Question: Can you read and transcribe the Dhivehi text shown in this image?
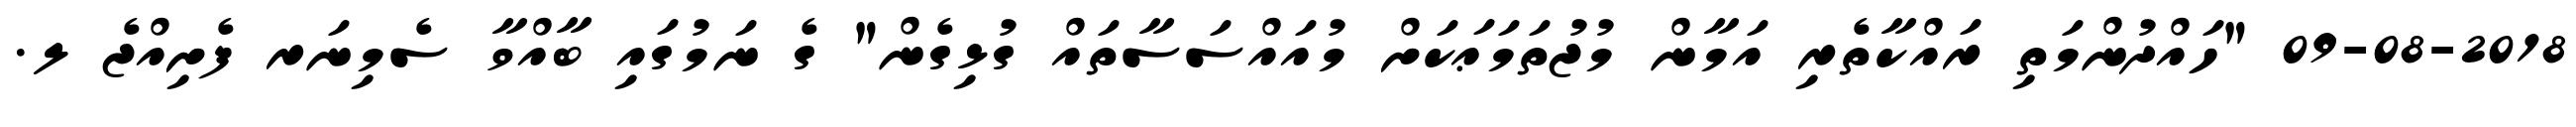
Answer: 09-08-2018 "ހައްދުންމަތި ރައްކާތެރި އަމާން މުޖުތަމަޢަކަށް މުއައްސަސާތައް ގުޅިގެން" ގެ ނަމުގައި ބާއްވާ ސެމިނަރ ފެށިއްޖެ ލ.